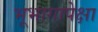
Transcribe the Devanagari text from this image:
भूभागापेक्षा